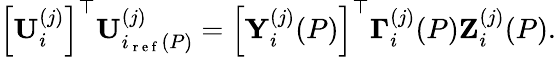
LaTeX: \left[\mathbf{U}_{i}^{(j)}\right]^{\top}\mathbf{U}_{i_{\mathrm{~r~e~f~}}(P)}^{(j)}=\left[\mathbf{Y}_{i}^{(j)}(P)\right]^{\top}\mathbf{\Gamma}_{i}^{(j)}(P)\mathbf{Z}_{i}^{(j)}(P).